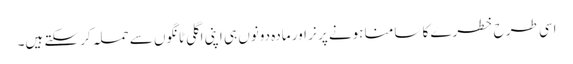
اسی طرح خطرے کا سامنا ہونے پر نر اور مادہ دونوں ہی اپنی اگلی ٹانگوں سے حملہ کر سکتے ہیں۔